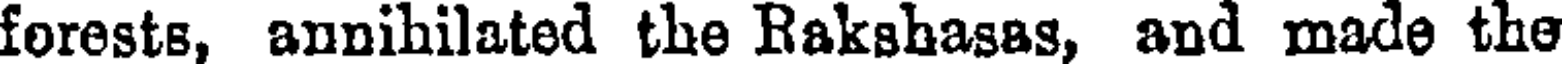
forests, annihilated the Rakshasas, and made the